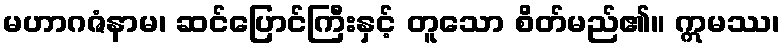
မဟာဂဇံနာမ၊ ဆင်ပြောင်ကြီးနှင့် တူသော စိတ်မည်၏။ ဣမဿ၊